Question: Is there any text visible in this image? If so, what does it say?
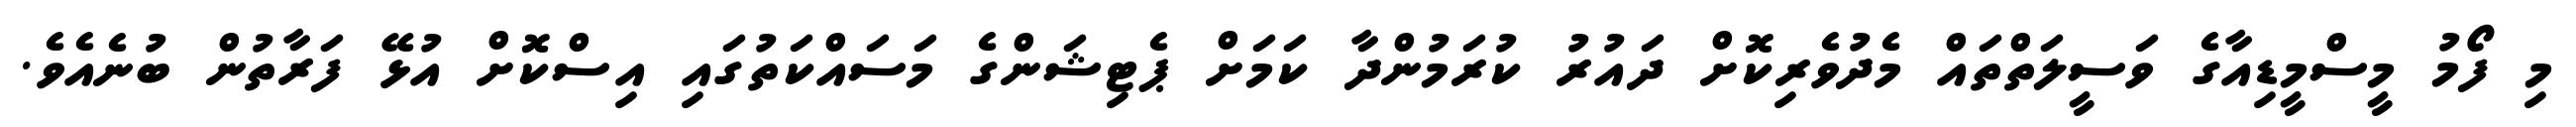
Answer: މި ފޯމު މީސްމީޑިއާގެ ވަސީލަތްތައް މެދުވެރިކޮށް ދައުރު ކުރަމުންދާ ކަމަށް ޕެޓިޝަންގެ މަސައްކަތުގައި އިސްކޮށް އުޅޭ ފަރާތުން ބުނެއެވެ.